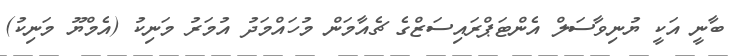
ބާނީ އަކީ ޔުނިވާސަލް އެންޓަޕްރައިސަޒްގެ ޗެއާމަން މުހައްމަދު އުމަރު މަނިކު (އެމްޔޫ މަނިކު)